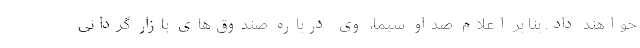
خواهند داد. بنا بر اعلام صداو سیما، وی درباره صندوق‌های بازار گردانی